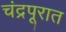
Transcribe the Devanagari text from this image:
चंद्रपूरात